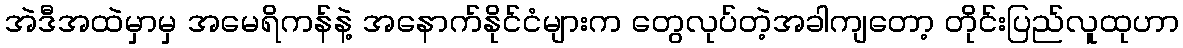
အဲဒီအထဲမှာမှ အမေရိကန်နဲ့ အနောက်နိုင်ငံများက တွေလုပ်တဲ့အခါကျတော့ တိုင်းပြည်လူထုဟာ